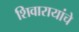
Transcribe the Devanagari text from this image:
शिवारायांचे